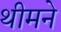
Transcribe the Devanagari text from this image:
थीमने